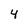
Character: 4